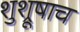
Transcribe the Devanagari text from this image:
शुश्रूषाच